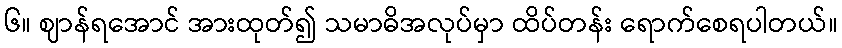
၆။ ဈာန်ရအောင် အားထုတ်၍ သမာဓိအလုပ်မှာ ထိပ်တန်း ရောက်စေရပါတယ်။